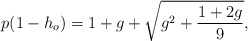
\begin{align*}p(1-h_o)=1+g+\sqrt{g^2+\frac{1+2g}{9}},\end{align*}